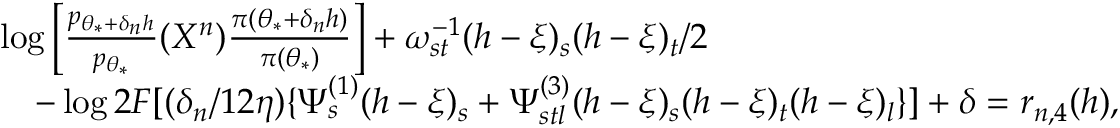
\begin{array} { r l } & { \log \Big [ \frac { p _ { \theta _ { * } + \delta _ { n } h } } { p _ { \theta _ { * } } } ( X ^ { n } ) \frac { \pi ( \theta _ { * } + \delta _ { n } h ) } { \pi ( \theta _ { * } ) } \Big ] + \omega _ { s t } ^ { - 1 } ( h - \xi ) _ { s } ( h - \xi ) _ { t } / 2 } \\ & { \quad - \log 2 F [ ( \delta _ { n } / 1 2 \eta ) \{ \Psi _ { s } ^ { ( 1 ) } ( h - \xi ) _ { s } + \Psi _ { s t l } ^ { ( 3 ) } ( h - \xi ) _ { s } ( h - \xi ) _ { t } ( h - \xi ) _ { l } \} ] + \delta = r _ { n , 4 } ( h ) , } \end{array}